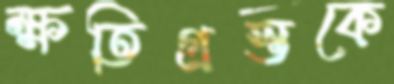
ক্ষতিগ্রস্তকে